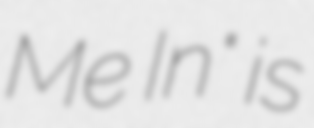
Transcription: Me In" is